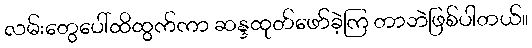
လမ်းတွေပေါ်ထိထွက်ကာ ဆန္ဒထုတ်ဖော်ခဲ့ကြ တာဘဲဖြစ်ပါတယ်။